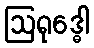
ဩရုဒ္ဓေါ